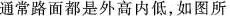
通常路面都是外高内低，如图所示。